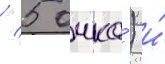
/ 5 очка́) и́